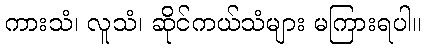
ကားသံ၊ လူသံ၊ ဆိုင်ကယ်သံများ မကြားရပါ။